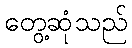
တွေ့ဆုံသည်